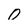
Character: 0